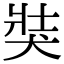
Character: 𤞛